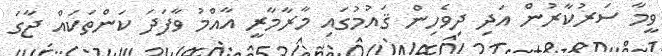
ވީމާ ސަރުކާރުން އަދި ދިވެހިން ޤައުމުގައި މާރާމާރީ އާއްމު ވާފަދަ ކަންތަކައް ޖާގަ